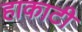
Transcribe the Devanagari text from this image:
हाकाटी